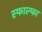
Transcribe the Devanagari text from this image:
स्फाल्फा